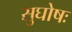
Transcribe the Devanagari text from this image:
सुघोषः